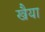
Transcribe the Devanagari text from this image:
खैया